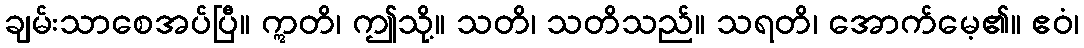
ချမ်းသာစေအပ်ပြီ။ ဣတိ၊ ဤသို့။ သတိ၊ သတိသည်။ သရတိ၊ အောက်မေ့၏။ ဧဝံ၊